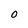
Character: O